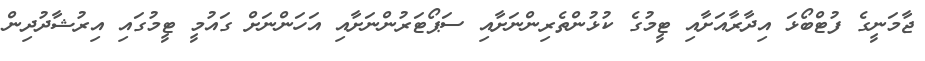
ޖާމަނީގެ ފުޓްބޯޅަ އިދާރާއަށާއި ޓީމުގެ ކުޅުންތެރިންނަށާއި ސަޕޯޓަރުންނަށާއި އަހަންނަށް ގައުމީ ޓީމުގައި އިރުޝާދުދިން